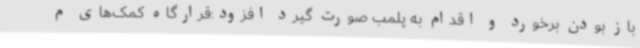
باز بودن برخورد و اقدام به پلمب صورت گیرد افزود:قرارگاه کمک‌های م